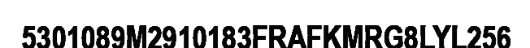
5301089M2910183FRAFKMRG8LYL256